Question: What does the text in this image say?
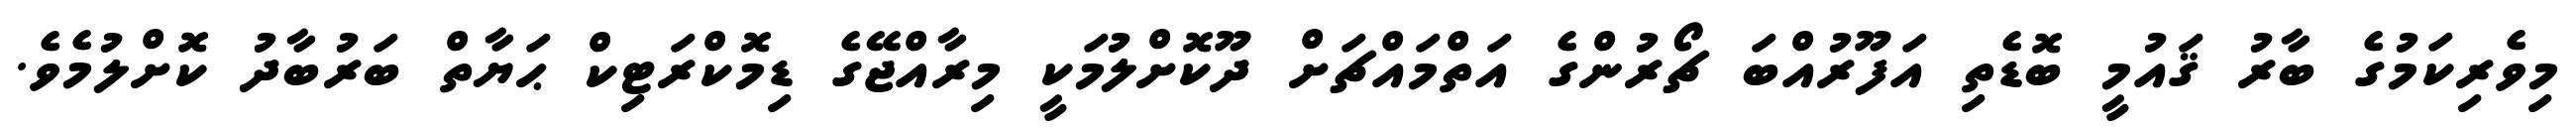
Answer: މިވެރިކަމުގެ ބާރު ޤައުމީ ބޮޑެތި އަފޫރުއްބަ ޗޯރުންގެ އަތްމައްޗަށް ދޫކޮށްލުމަކީ މިރާއްޖޭގެ ޑިމޮކްރަޓިކް ޙަޔާތް ބަރުބާދު ކޮށްލުމެވެ.